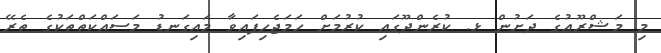
މި މަޝްރޫޢުގެ ދަށުން ޅ. ކުރެންދޫގައި ކުރުމަށް ހަމަޖެހިފައިވާ މައިގަނޑު މަސައްކަތްތަކުގެ ތެރޭ